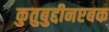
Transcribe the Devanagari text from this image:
कुतुबुद्दीनएबक